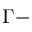
\Gamma -